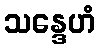
သန္ဒေဟံ